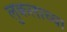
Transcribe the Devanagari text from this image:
लुकलाच्या